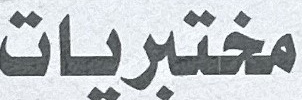
مختبریات